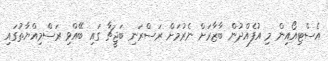
އެސްޓިއޯއިން މި އުފެއްދުން ބާޒާރަށް ނެރުމަށް ރަސްރަނި ބަޖީޗާ ގައި ބޭއްވި ރަސްމިއްޔާތުގައި